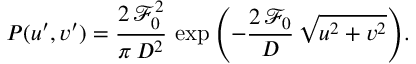
P ( u ^ { \prime } , v ^ { \prime } ) = \frac { 2 \, \mathcal { F } _ { 0 } ^ { 2 } } { \pi \, D ^ { 2 } } \, \exp { \left( - \frac { 2 \, \mathcal { F } _ { 0 } } { D } \, \sqrt { u ^ { 2 } + v ^ { 2 } } \right) } .